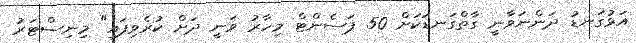
އަޅުގަނޑު ދަންނަވާނީ ގާތްގަނޑަކަށް 50 ޕަސެންޓް މިހާރު ވަނީ ދަށް ކުރެވިފައި" މިނިސްޓަރު